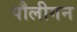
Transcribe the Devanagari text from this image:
पौलीगन